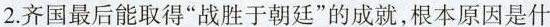
2.齐国最后能取得”战胜于朝廷”的成就，根本原因是什